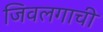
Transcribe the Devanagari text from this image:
जिवलगाची